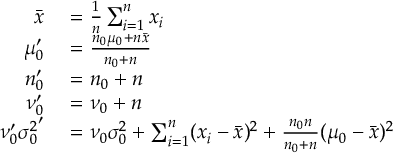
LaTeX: \begin{array} { r l } { { \bar { x } } } & { { } = { \frac { 1 } { n } } \sum _ { i = 1 } ^ { n } x _ { i } } \\ { \mu _ { 0 } ^ { \prime } } & { { } = { \frac { n _ { 0 } \mu _ { 0 } + n { \bar { x } } } { n _ { 0 } + n } } } \\ { n _ { 0 } ^ { \prime } } & { { } = n _ { 0 } + n } \\ { \nu _ { 0 } ^ { \prime } } & { { } = \nu _ { 0 } + n } \\ { \nu _ { 0 } ^ { \prime } { \sigma _ { 0 } ^ { 2 } } ^ { \prime } } & { { } = \nu _ { 0 } \sigma _ { 0 } ^ { 2 } + \sum _ { i = 1 } ^ { n } ( x _ { i } - { \bar { x } } ) ^ { 2 } + { \frac { n _ { 0 } n } { n _ { 0 } + n } } ( \mu _ { 0 } - { \bar { x } } ) ^ { 2 } } \end{array}